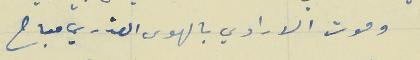
وموت الارادي بالهوى العذري مباح